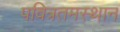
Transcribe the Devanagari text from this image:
पवित्रतमस्थान